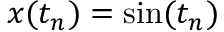
x ( t _ { n } ) = \sin ( t _ { n } )